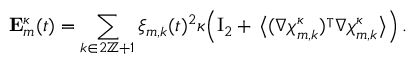
\mathbf { E } _ { m } ^ { \kappa } ( t ) = \sum _ { k \in 2 \ensuremath { \mathbb { Z } } + 1 } \xi _ { m , k } ( t ) ^ { 2 } \kappa \Bigl ( \ensuremath { \mathrm { I } _ { 2 } } + \, \bigl \langle ( \nabla { \boldsymbol { \chi } } _ { m , k } ^ { \kappa } ) ^ { \intercal } \nabla { \boldsymbol { \chi } } _ { m , k } ^ { \kappa } \bigr \rangle \Bigr ) \, .